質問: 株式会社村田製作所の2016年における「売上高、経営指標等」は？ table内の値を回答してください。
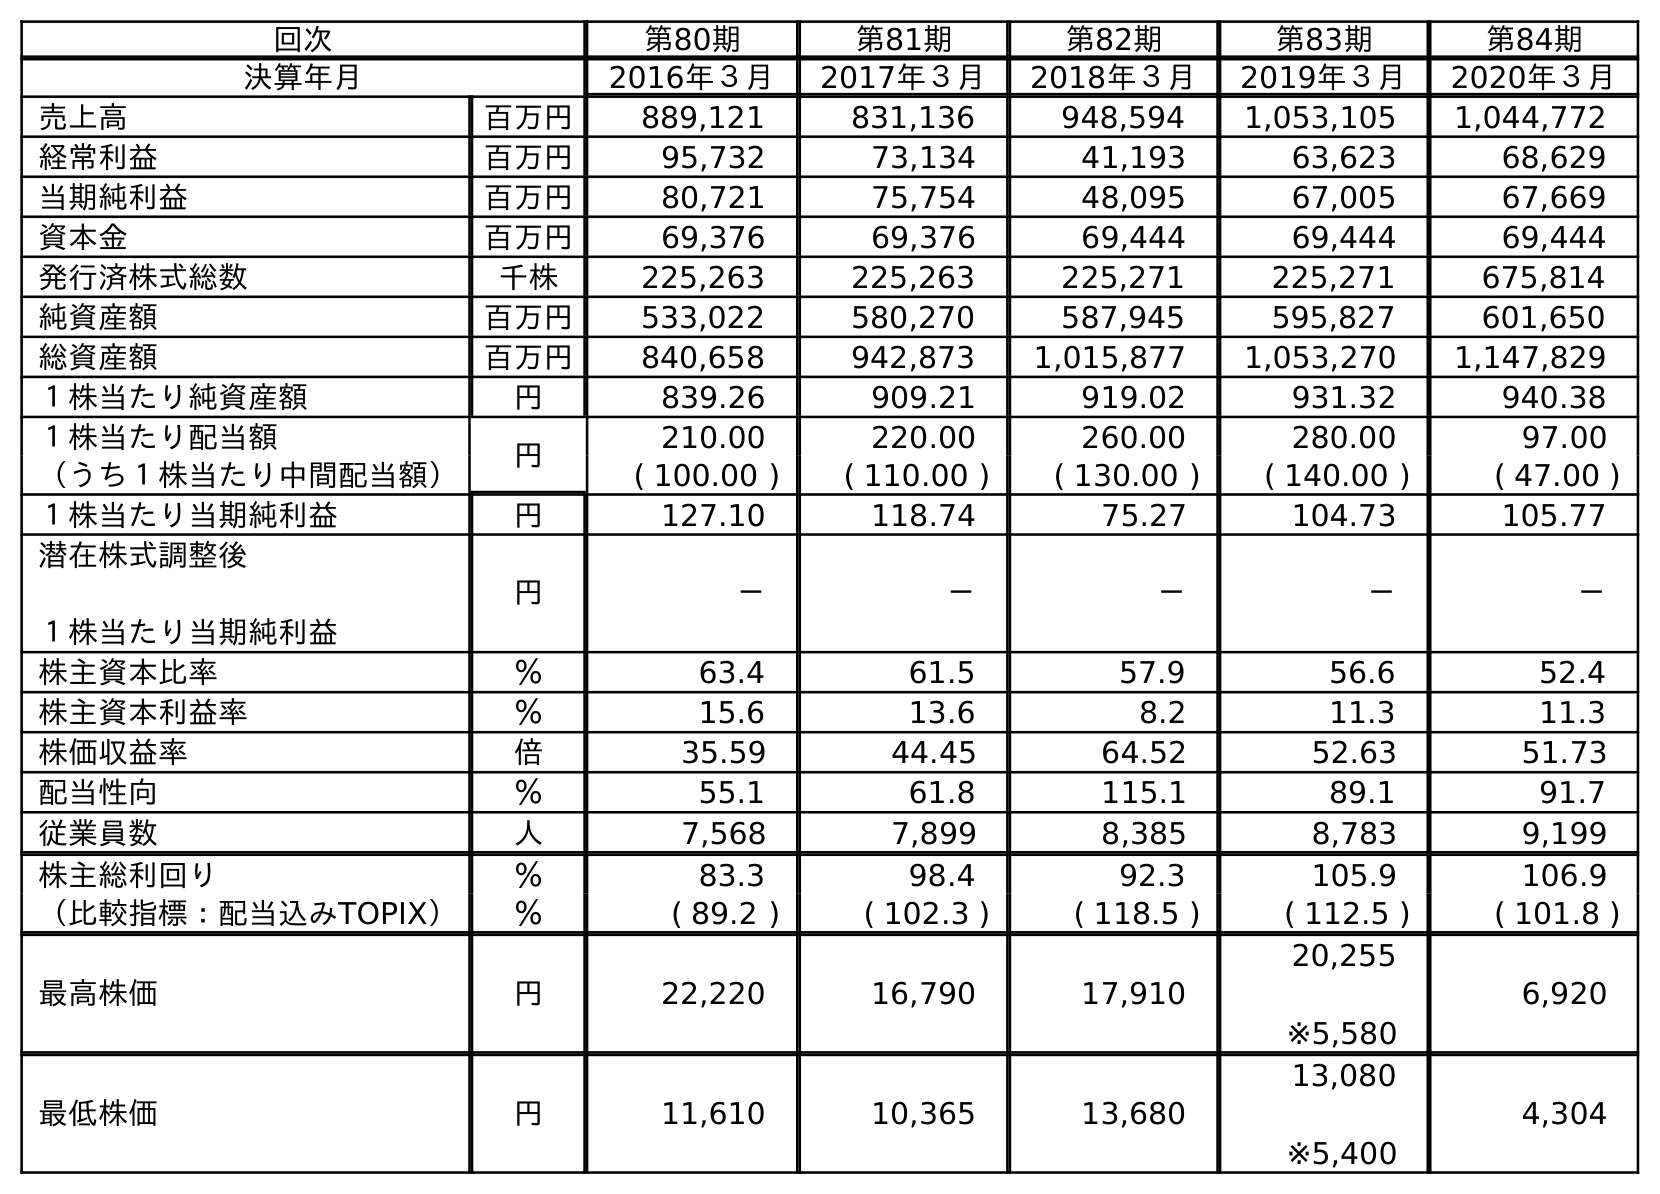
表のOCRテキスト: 回次 第80期 第81期 第82期 第83期 第84期 決算年月 2016年３月 2017年３月 2018年３月 2019年３月 2020年３月 売上高 百万円 889,121 831,136 948,594 1,053,105 1,044,772 経常利益 百万円 95,732 73,134 41,193 63,623 68,629 当期純利益 百万円 80,721 75,754 48,095 67,005 67,669 資本金 百万円 69,376 69,376 69,444 69,444 69,444 発行済株式総数 千株 225,263 225,263 225,271 225,271 675,814 純資産額 百万円 533,022 580,270 587,945 595,827 601,650 総資産額 百万円 840,658 942,873 1,015,877 1,053,270 1,147,829 １株当たり純資産額 円 839.26 909.21 919.02 931.32 940.38 １株当たり配当額 円 210.00 220.00 260.00 280.00 97.00 （うち１株当たり中間配当額） ( 100.00 ) ( 110.00 ) ( 130.00 ) ( 140.00 ) ( 47.00 ) １株当たり当期純利益 円 127.10 118.74 75.27 104.73 105.77 潜在株式調整後 １株当たり当期純利益 円 － － － － － 株主資本比率 ％ 63.4 61.5 57.9 56.6 52.4 株主資本利益率 ％ 15.6 13.6 8.2 11.3 11.3 株価収益率 倍 35.59 44.45 64.52 52.63 51.73 配当性向 ％ 55.1 61.8 115.1 89.1 91.7 従業員数 人 7,568 7,899 8,385 8,783 9,199 株主総利回り ％ 83.3 98.4 92.3 105.9 106.9 （比較指標：配当込みTOPIX） ％ ( 89.2 ) ( 102.3 ) ( 118.5 ) ( 112.5 ) ( 101.8 ) 最高株価 円 22,220 16,790 17,910 20,255 ※5,580 6,920 最低株価 円 11,610 10,365 13,680 13,080 ※5,400 4,304
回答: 889,121